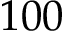
1 0 0